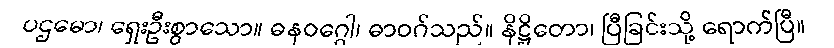
ပဌမော၊ ရှေးဦးစွာသော။ ဓနဝဂ္ဂေါ၊ ဓာဝဂ်သည်။ နိဋ္ဌိတော၊ ပြီခြင်းသို့ ရောက်ပြီ။